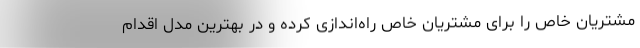
مشتریان خاص را برای مشتریان خاص راه‌اندازی کرده و در بهترین مدل اقدام